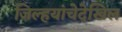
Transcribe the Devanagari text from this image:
जिल्हयांचेदेखिल